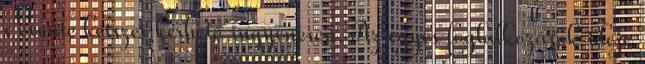
s évente kétszer kérhető ingyenesen. Az egyes foglalkozások ideje